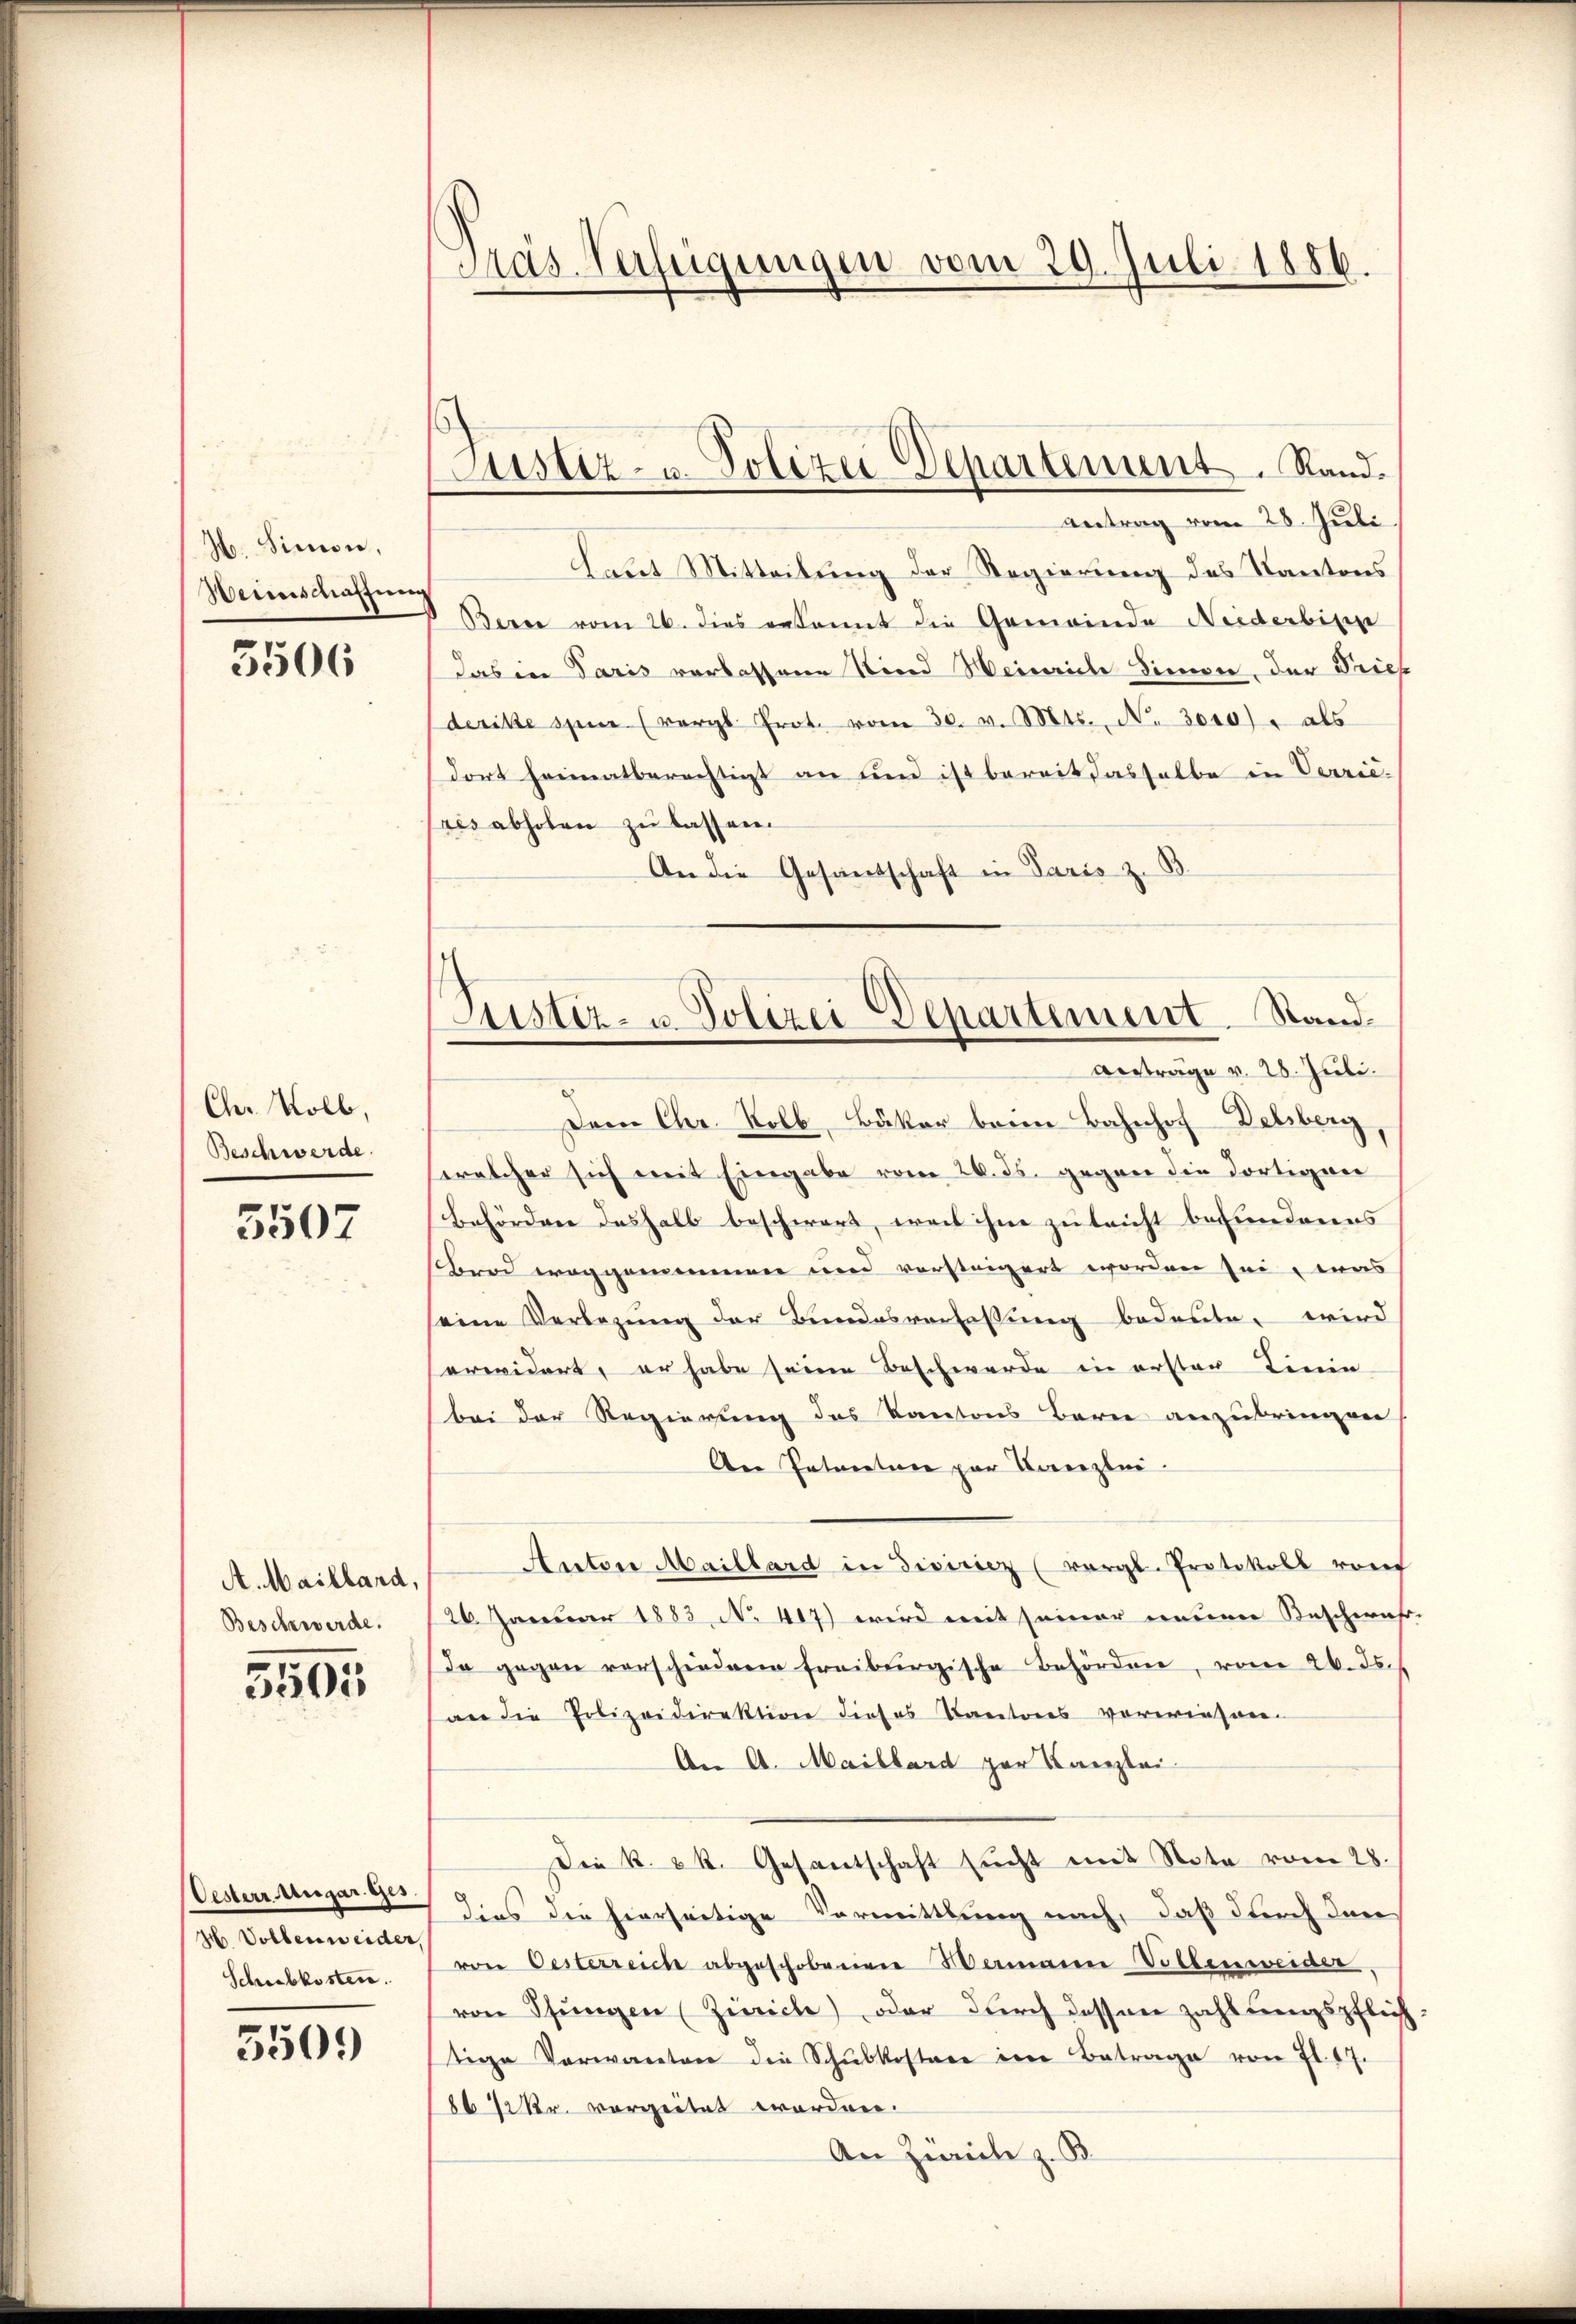
H. Simon,
Weinschaffung

5506

Chr. Kolb,
Beschwerde.

5507

A. Maillard,
Beschwerde.

3505

Oesterr Ungar. Ges.
H. Vollensweider,
Schubkosten.

5509

Pras-Verfügungen vom 29. Juli 1886.

Justiz- u. Polizei Departement. Sand¬
Antrag vom 28. Juli

Laut Mitteilung der Regierung des Kantons
Berne vom 26. dies bekannt die Gemeinde Neiderbisse
das in Paris verlassene Sind Weinrich Simon, der Brief
deritze spinne (vergl. Prot. vom 30. v. Mts., N. 3000. als
dort heimatberechtigt an und ist bereit dasselbe in Verrie-
pres abholen zu lassen.
An die Gesandschaft in Paris zu

Justiz- u. Polizei Departement. Stand
Anträge v. 28. Juli.

Dem Chr. Kolb, Bäker beim Bahnhof-Deliberg,
welcher sich mit Eingabe vom 26. ds. gegen die dortigen
Behörden deshalb beschwert, weil ihm zu leicht befundenes
Brod weggemeinen und vorsteigert worden sei eins
eine Verbezŭng der Bundesverlassŭng bedeute, wird
erwidert, er habe seine Beschwerde in erster Linie
bei der Regierung des Kantons Barne anzubringen
An Patenten par Kanzlei.
Anton Maillard in dieiricz (vergl. Protokoll vorf
126. Januar 1883, No. 417) wird mit seiner neuen Beschwahr-
da gegen verschiedene Freiburgische Behörden, von 26. ds.
an die Polizeidirektion dieses Kantons vorwiesen.
An A. Maillard zur Kanzlei
Die k. k. Gesantschaft sucht mit Nota vom 28.
dies die hierseitige Vormittlung nach, daß durch den
von Oesterreich abgeschobenen Mamann Vollenweider,
von Shŭngen (Zürich) oder durch dessen zahlungspflichtige Verwarten die Schŭlkostere im Betrage von fl. 17.
8672 kr. vorzeitet worden.
An Zürich z. B.